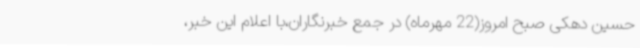
حسین دهکی صبح امروز(22 مهرماه) در جمع خبرنگاران،با اعلام این خبر،